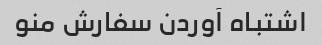
اشتباه آوردن سفارش منو